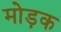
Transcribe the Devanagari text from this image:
मोड़क